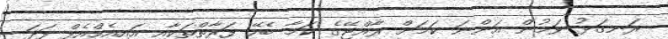
ރަނގަޅު ވަމުން އަންނަ ކަމަށް ރާއްޖޭގެ ކަމާ ބެހޭ ފަރާތްތަކާއި އައިއެމްއެފް ފަދަ